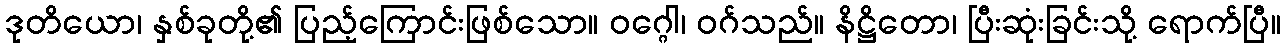
ဒုတိယော၊ နှစ်ခုတို့၏ ပြည့်ကြောင်းဖြစ်သော။ ဝဂ္ဂေါ၊ ဝဂ်သည်။ နိဋ္ဌိတော၊ ပြီးဆုံးခြင်းသို့ ရောက်ပြီ။